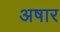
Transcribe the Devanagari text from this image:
अषार